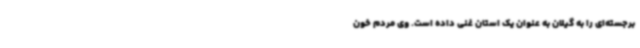
برجسته‌ای را به گیلان به عنوان یک استان غنی داده است. وی مردم خون